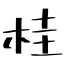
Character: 桂